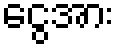
ငွေအား